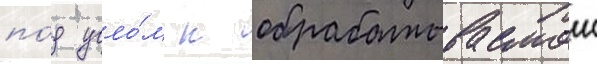
по́д угло́м к обрабатываемои